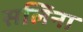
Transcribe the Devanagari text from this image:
सलिना